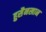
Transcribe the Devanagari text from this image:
हुसैनखान